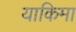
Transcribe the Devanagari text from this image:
याकिमा